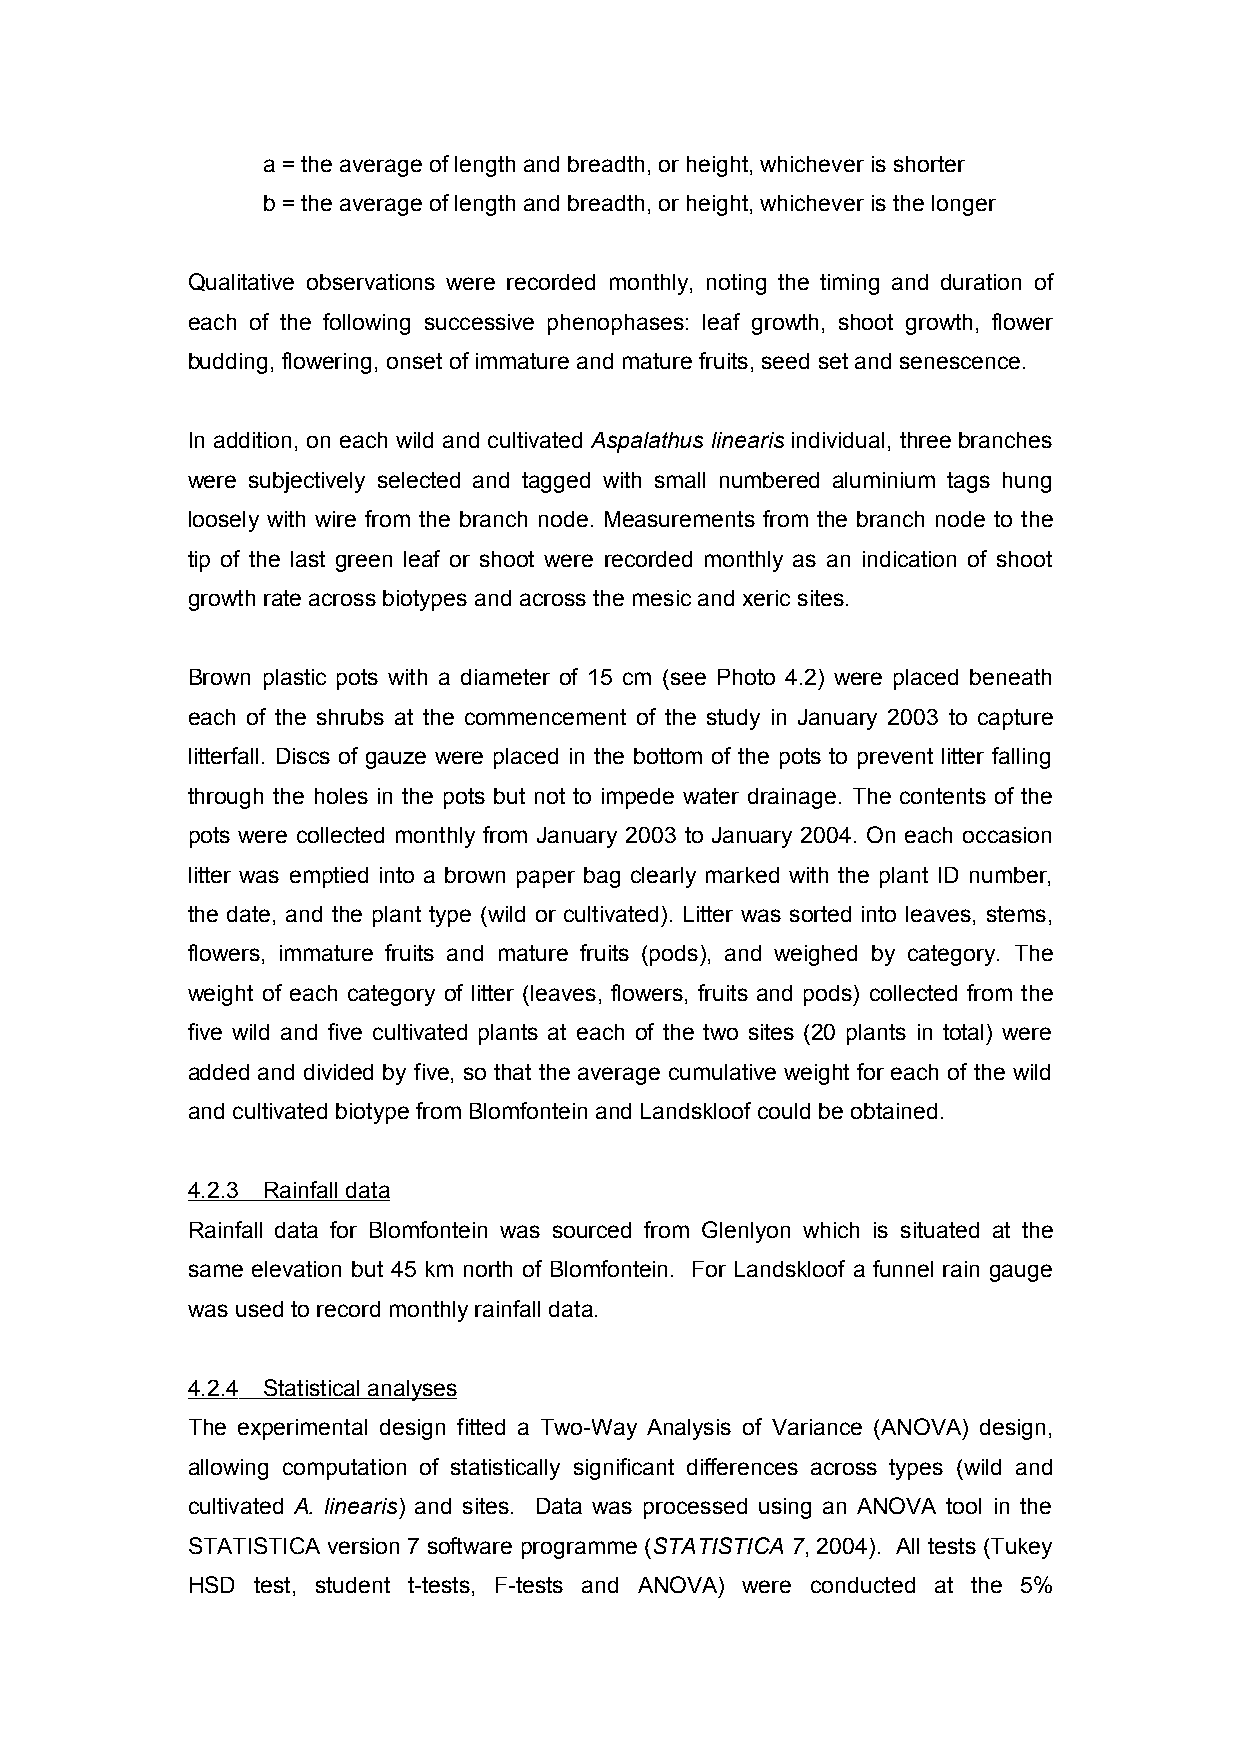
a = the average of length and breadth, or height, whichever is shorter
 b = the average of length and breadth, or height, whichever is the longer
 Qualitative observations were recorded monthly, noting the timing and duration of
 each of the following successive phenophases: leaf growth, shoot growth, flower
 budding, flowering, onset of immature and mature fruits, seed set and senescence.
 In addition, on each wild and cultivated Aspalathus linearis individual, three branches
 were subjectively selected and tagged with small numbered aluminium tags hung
 loosely with wire from the branch node. Measurements from the branch node to the
 tip of the last green leaf or shoot were recorded monthly as an indication of shoot
 growth rate across biotypes and across the mesic and xeric sites.
 Brown plastic pots with a diameter of 15 cm (see Photo 4.2) were placed beneath
 each of the shrubs at the commencement of the study in January 2003 to capture
 litterfall. Discs of gauze were placed in the bottom of the pots to prevent litter falling
 through the holes in the pots but not to impede water drainage. The contents of the
 pots were collected monthly from January 2003 to January 2004. On each occasion
 litter was emptied into a brown paper bag clearly marked with the plant ID number,
 the date, and the plant type (wild or cultivated). Litter was sorted into leaves, stems,
 flowers, immature fruits and mature fruits (pods), and weighed by category. The
 weight of each category of litter (leaves, flowers, fruits and pods) collected from the
 five wild and five cultivated plants at each of the two sites (20 plants in total) were
 added and divided by five, so that the average cumulative weight for each of the wild
 and cultivated biotype from Blomfontein and Landskloof could be obtained.
 4.2.3 Rainfall data
 Rainfall data for Blomfontein was sourced from Glenlyon which is situated at the
 same elevation but 45 km north of Blomfontein. For Landskloof a funnel rain gauge
 was used to record monthly rainfall data.
 4 .2.4 Statistical analyses
 The experimental design fitted a Two-Way Analysis of Variance (ANOVA) design,
 allowing computation of statistically significant differences across types (wild and
 cultivated A. linearis) and sites. Data was processed using an ANOVA tool in the
 STATISTICA version 7 software programme (STATISTICA 7, 2004). All tests (Tukey
 HSD  test, student t-tests, F-tests and ANOVA) were conducted at the 5%
 43